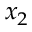
x _ { 2 }